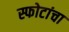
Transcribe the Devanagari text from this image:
स्फोटांचा